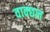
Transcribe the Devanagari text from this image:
वाक्छल